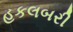
હકલબરી